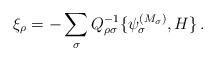
LaTeX: \begin{align*}\xi_\rho = - \sum_\sigma Q^{-1}_{\rho\sigma}\{\psi^{(M_\sigma)}_\sigma,H\}\,.\end{align*}